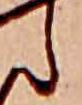
ら